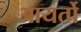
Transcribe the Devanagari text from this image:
आयर्तो